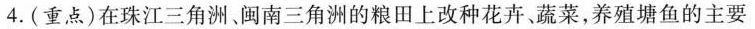
4.(重点)在珠江三角洲、闽南三角洲的粮田上改种花卉、蔬菜，养殖塘鱼的主要